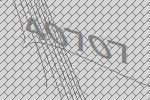
40707